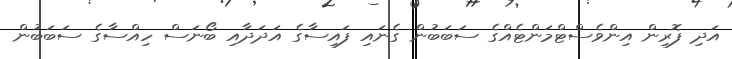
އަދި ފޮރިން އިންވެސްޓްމަންޓެއްގެ ސަބަބުން ގެނައި ފައިސާގެ އަދަދާއި ބޯނަސް ހިއްސާގެ ސަބަބުން